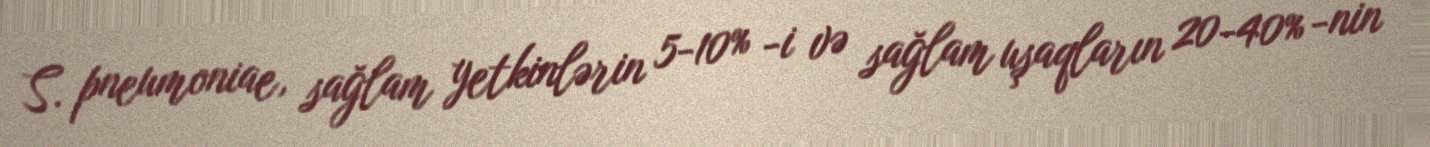
S. pneumoniae, sağlam yetkinlərin 5-10% -i və sağlam uşaqların 20-40% -nin